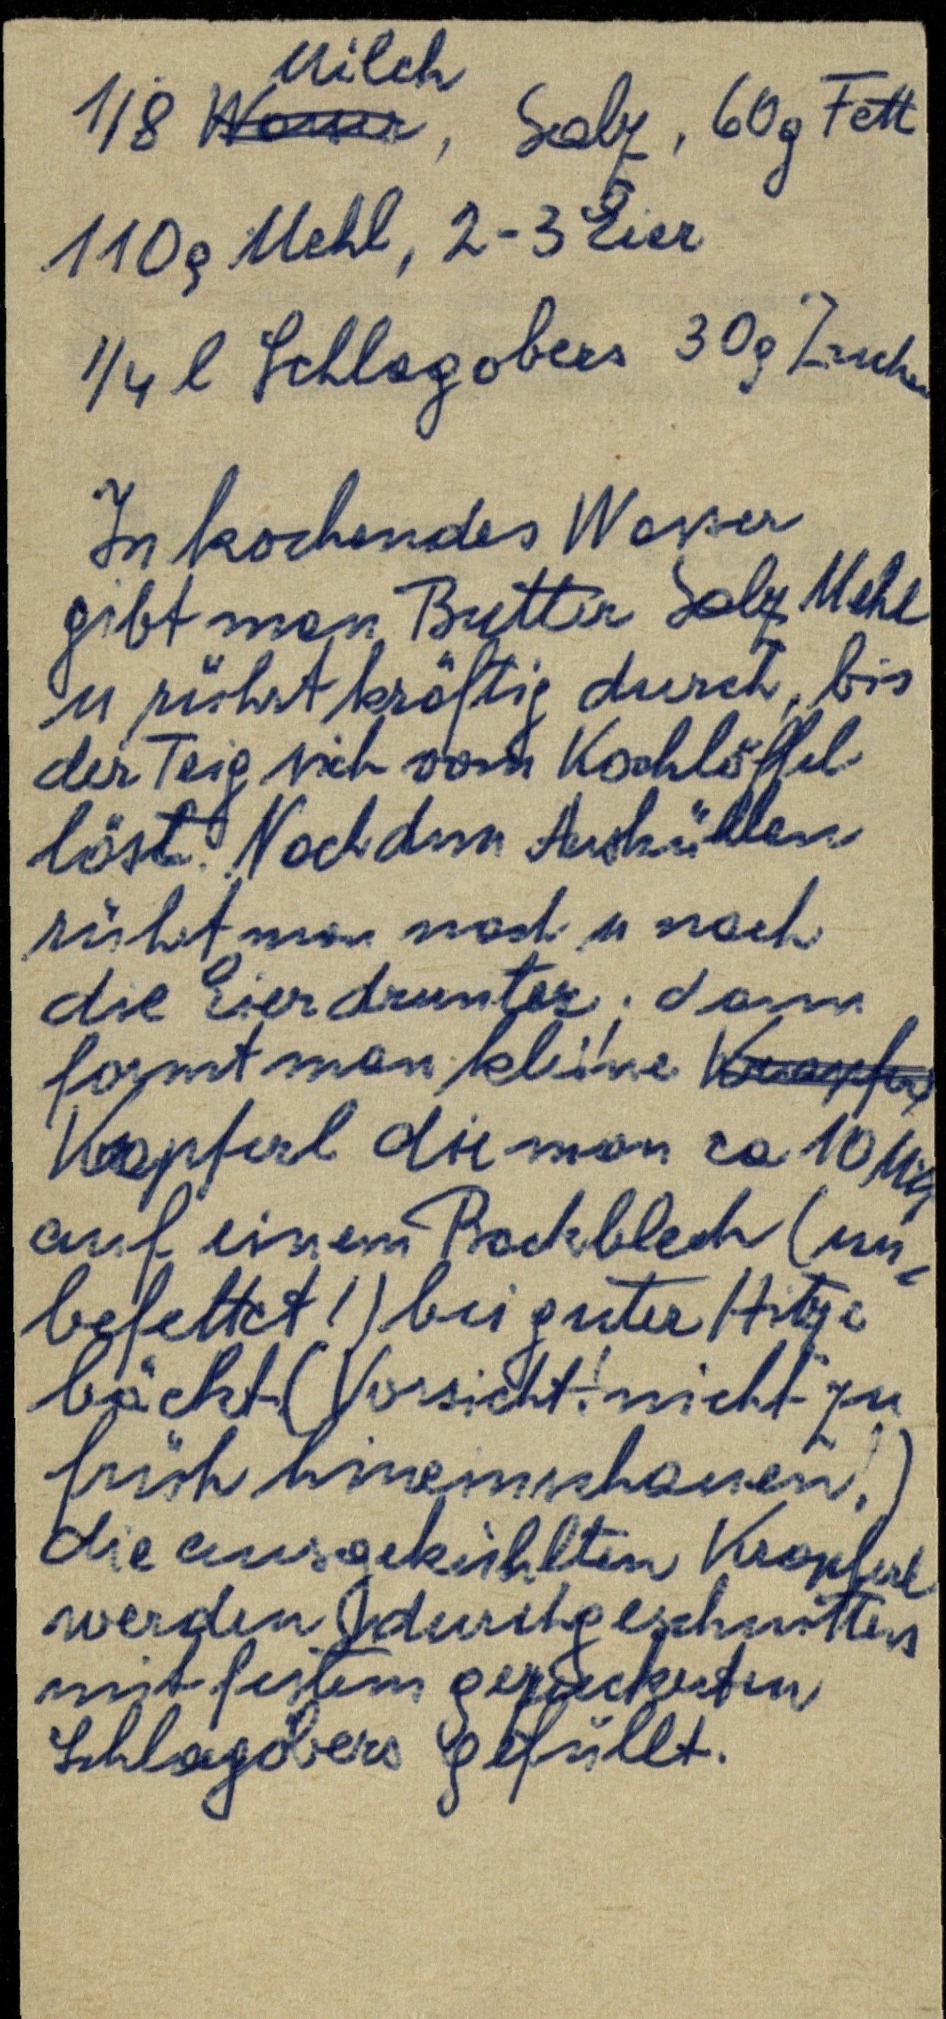
⅛ Wasser Milch, Salz, 60g Fett
110g Mehl, 2-3 Eier
¼ l Schlagobers 30g Zucker
In kochendes Wasser
gibt man Butter Salz Mehl
u rührt kräftig durch, bis
der Teig sich vom Kochlöffel
löst. Nach dem Auskühlen
rührt man nach u nach
die Eier drunter; dann
formt man kleine Krapfen
Krapferl die man ca 10 Min
auf einem Backblech (un¬
befettet!) bei guter Hitze
bäckt (Vorsicht! nicht zu
früh hineinschauen!)
die ausgekühlten Krapferl
werden ...durchgeschnitten
mit feinem gezuckerten
Schlagobers gefüllt.